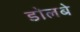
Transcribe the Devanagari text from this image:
डोलबे